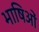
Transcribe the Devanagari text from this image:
भाषिओं